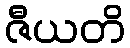
ဇီယတိ